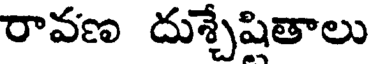
రావణ దుశ్చేషితాలు